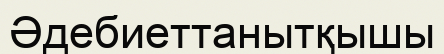
Әдебиеттанытқышы